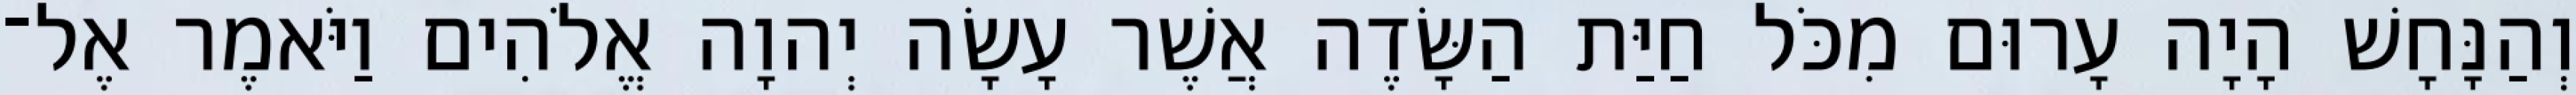
וְהַנָּחָשׁ הָיָה עָרוּם מִכֹּל חַיַּת הַשָּׂדֶה אֲשֶׁר עָשָׂה יְהוָה אֱלֹהִים וַיֹּאמֶר אֶל־